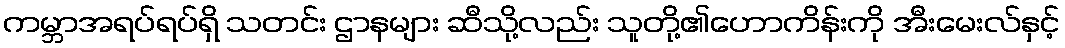
ကမ္ဘာအရပ်ရပ်ရှိ သတင်း ဌာနများ ဆီသို့လည်း သူတို့၏ဟောကိန်းကို အီးမေးလ်နှင့်